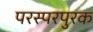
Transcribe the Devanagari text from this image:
परस्परपुरक